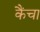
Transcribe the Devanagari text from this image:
कैंचा